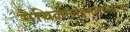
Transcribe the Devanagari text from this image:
मैथिलीलक्ष्मणाभ्याम्।